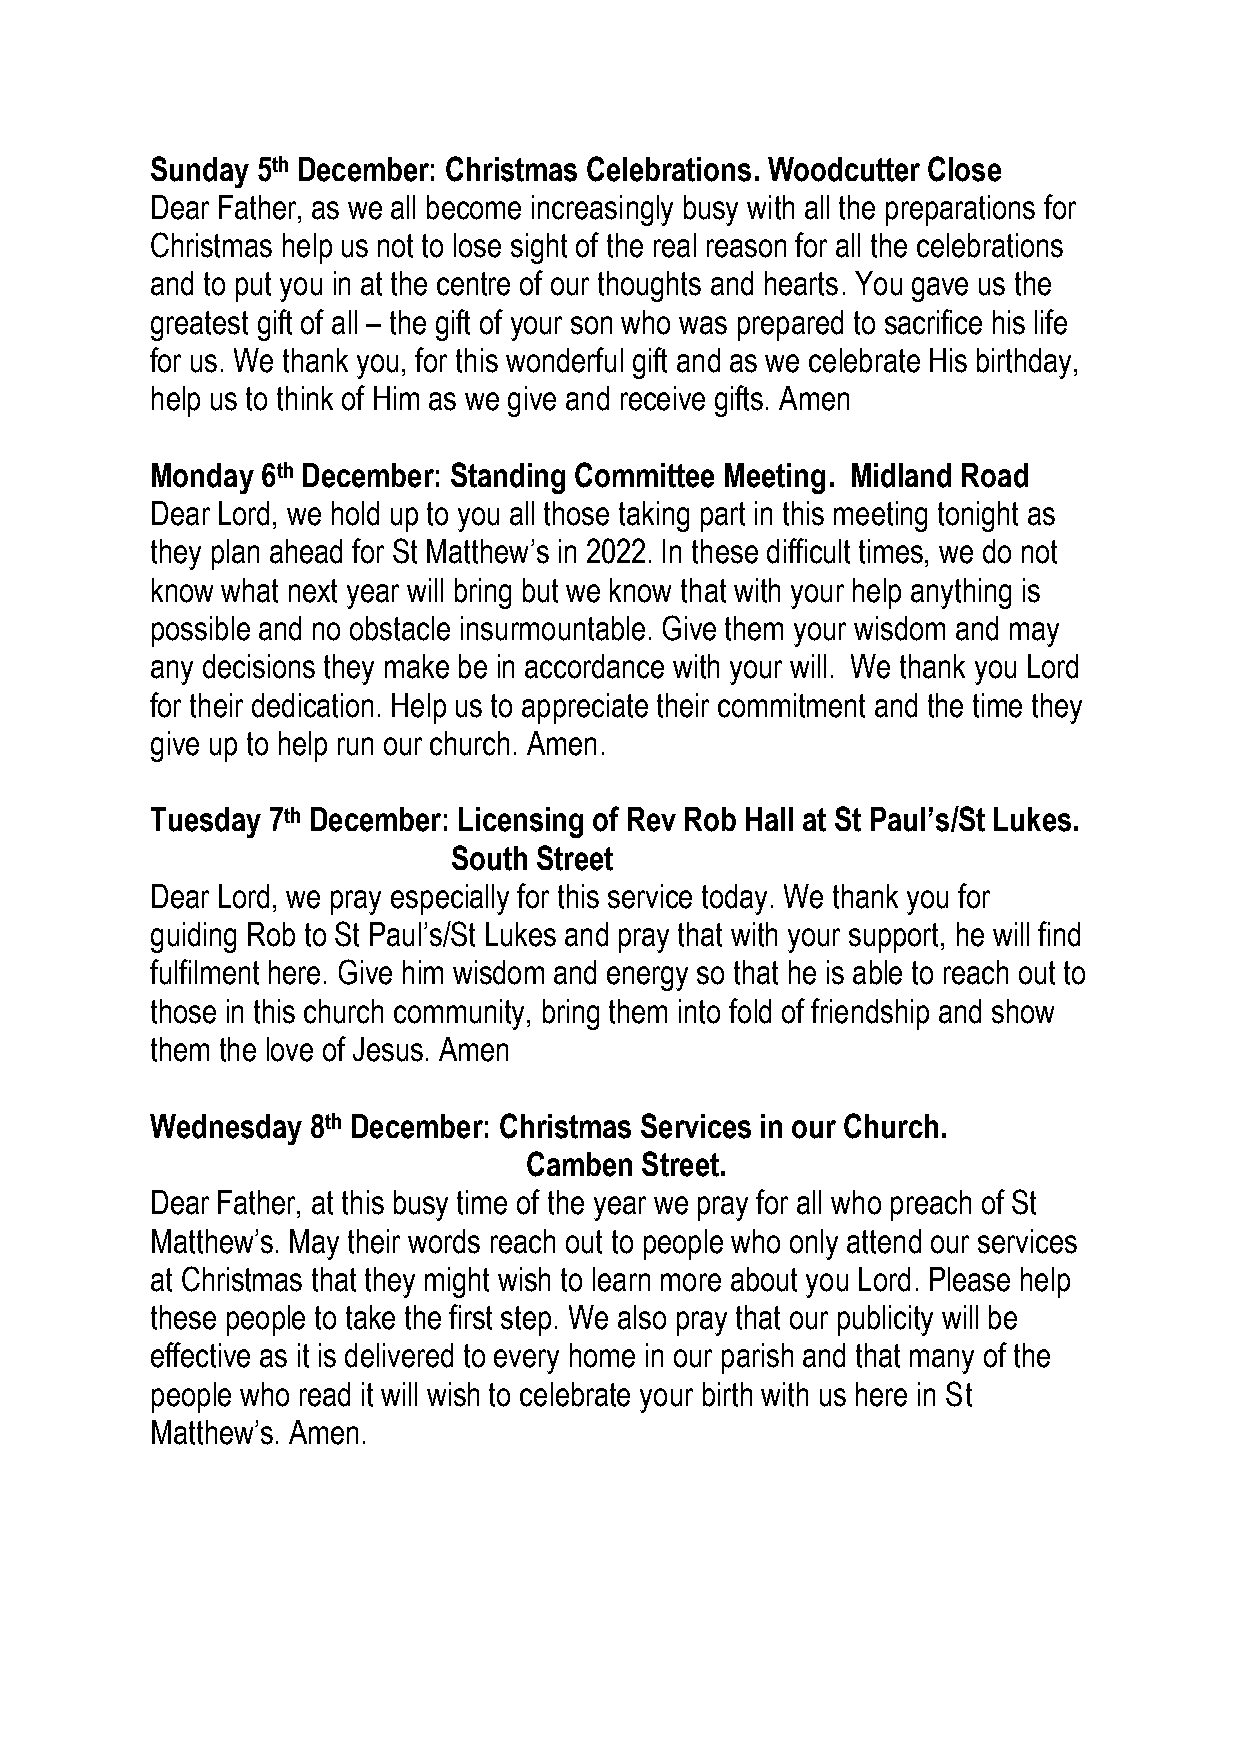
Sunday 5th December: Christmas Celebrations. Woodcutter Close
 Dear Father, as we all become increasingly busy with all the preparations for
 Christmas help us not to lose sight of the real reason for all the celebrations
 and to put you in at the centre of our thoughts and hearts. You gave us the
 greatest gift of all – the gift of your son who was prepared to sacrifice his life
 for us. We thank you, for this wonderful gift and as we celebrate His birthday,
 help us to think of Him as we give and receive gifts. Amen
 Monday 6th December: Standing Committee Meeting. Midland Road
 Dear Lord, we hold up to you all those taking part in this meeting tonight as
 they plan ahead for St Matthew’s in 2022. In these difficult times, we do not
 know what next year will bring but we know that with your help anything is
 possible and no obstacle insurmountable. Give them your wisdom and may
 any decisions they make be in accordance with your will. We thank you Lord
 for their dedication. Help us to appreciate their commitment and the time they
 give up to help run our church. Amen.
 Tuesday 7th December: Licensing of Rev Rob Hall at St Paul’s/St Lukes.
 South Street
 Dear Lord, we pray especially for this service today. We thank you for
 guiding Rob to St Paul’s/St Lukes and pray that with your support, he will find
 fulfilment here. Give him wisdom and energy so that he is able to reach out to
 those in this church community, bring them into fold of friendship and show
 them the love of Jesus. Amen
 Wednesday 8th December: Christmas Services in our Church.
 Camben Street.
 Dear Father, at this busy time of the year we pray for all who preach of St
 Matthew’s. May their words reach out to people who only attend our services
 at Christmas that they might wish to learn more about you Lord. Please help
 these people to take the first step. We also pray that our publicity will be
 effective as it is delivered to every home in our parish and that many of the
 people who read it will wish to celebrate your birth with us here in St
 Matthew’s. Amen.